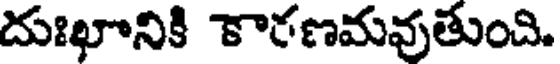
దుఃఖానికి కారణమవుతుంది.